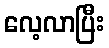
လေ့လာပြီး